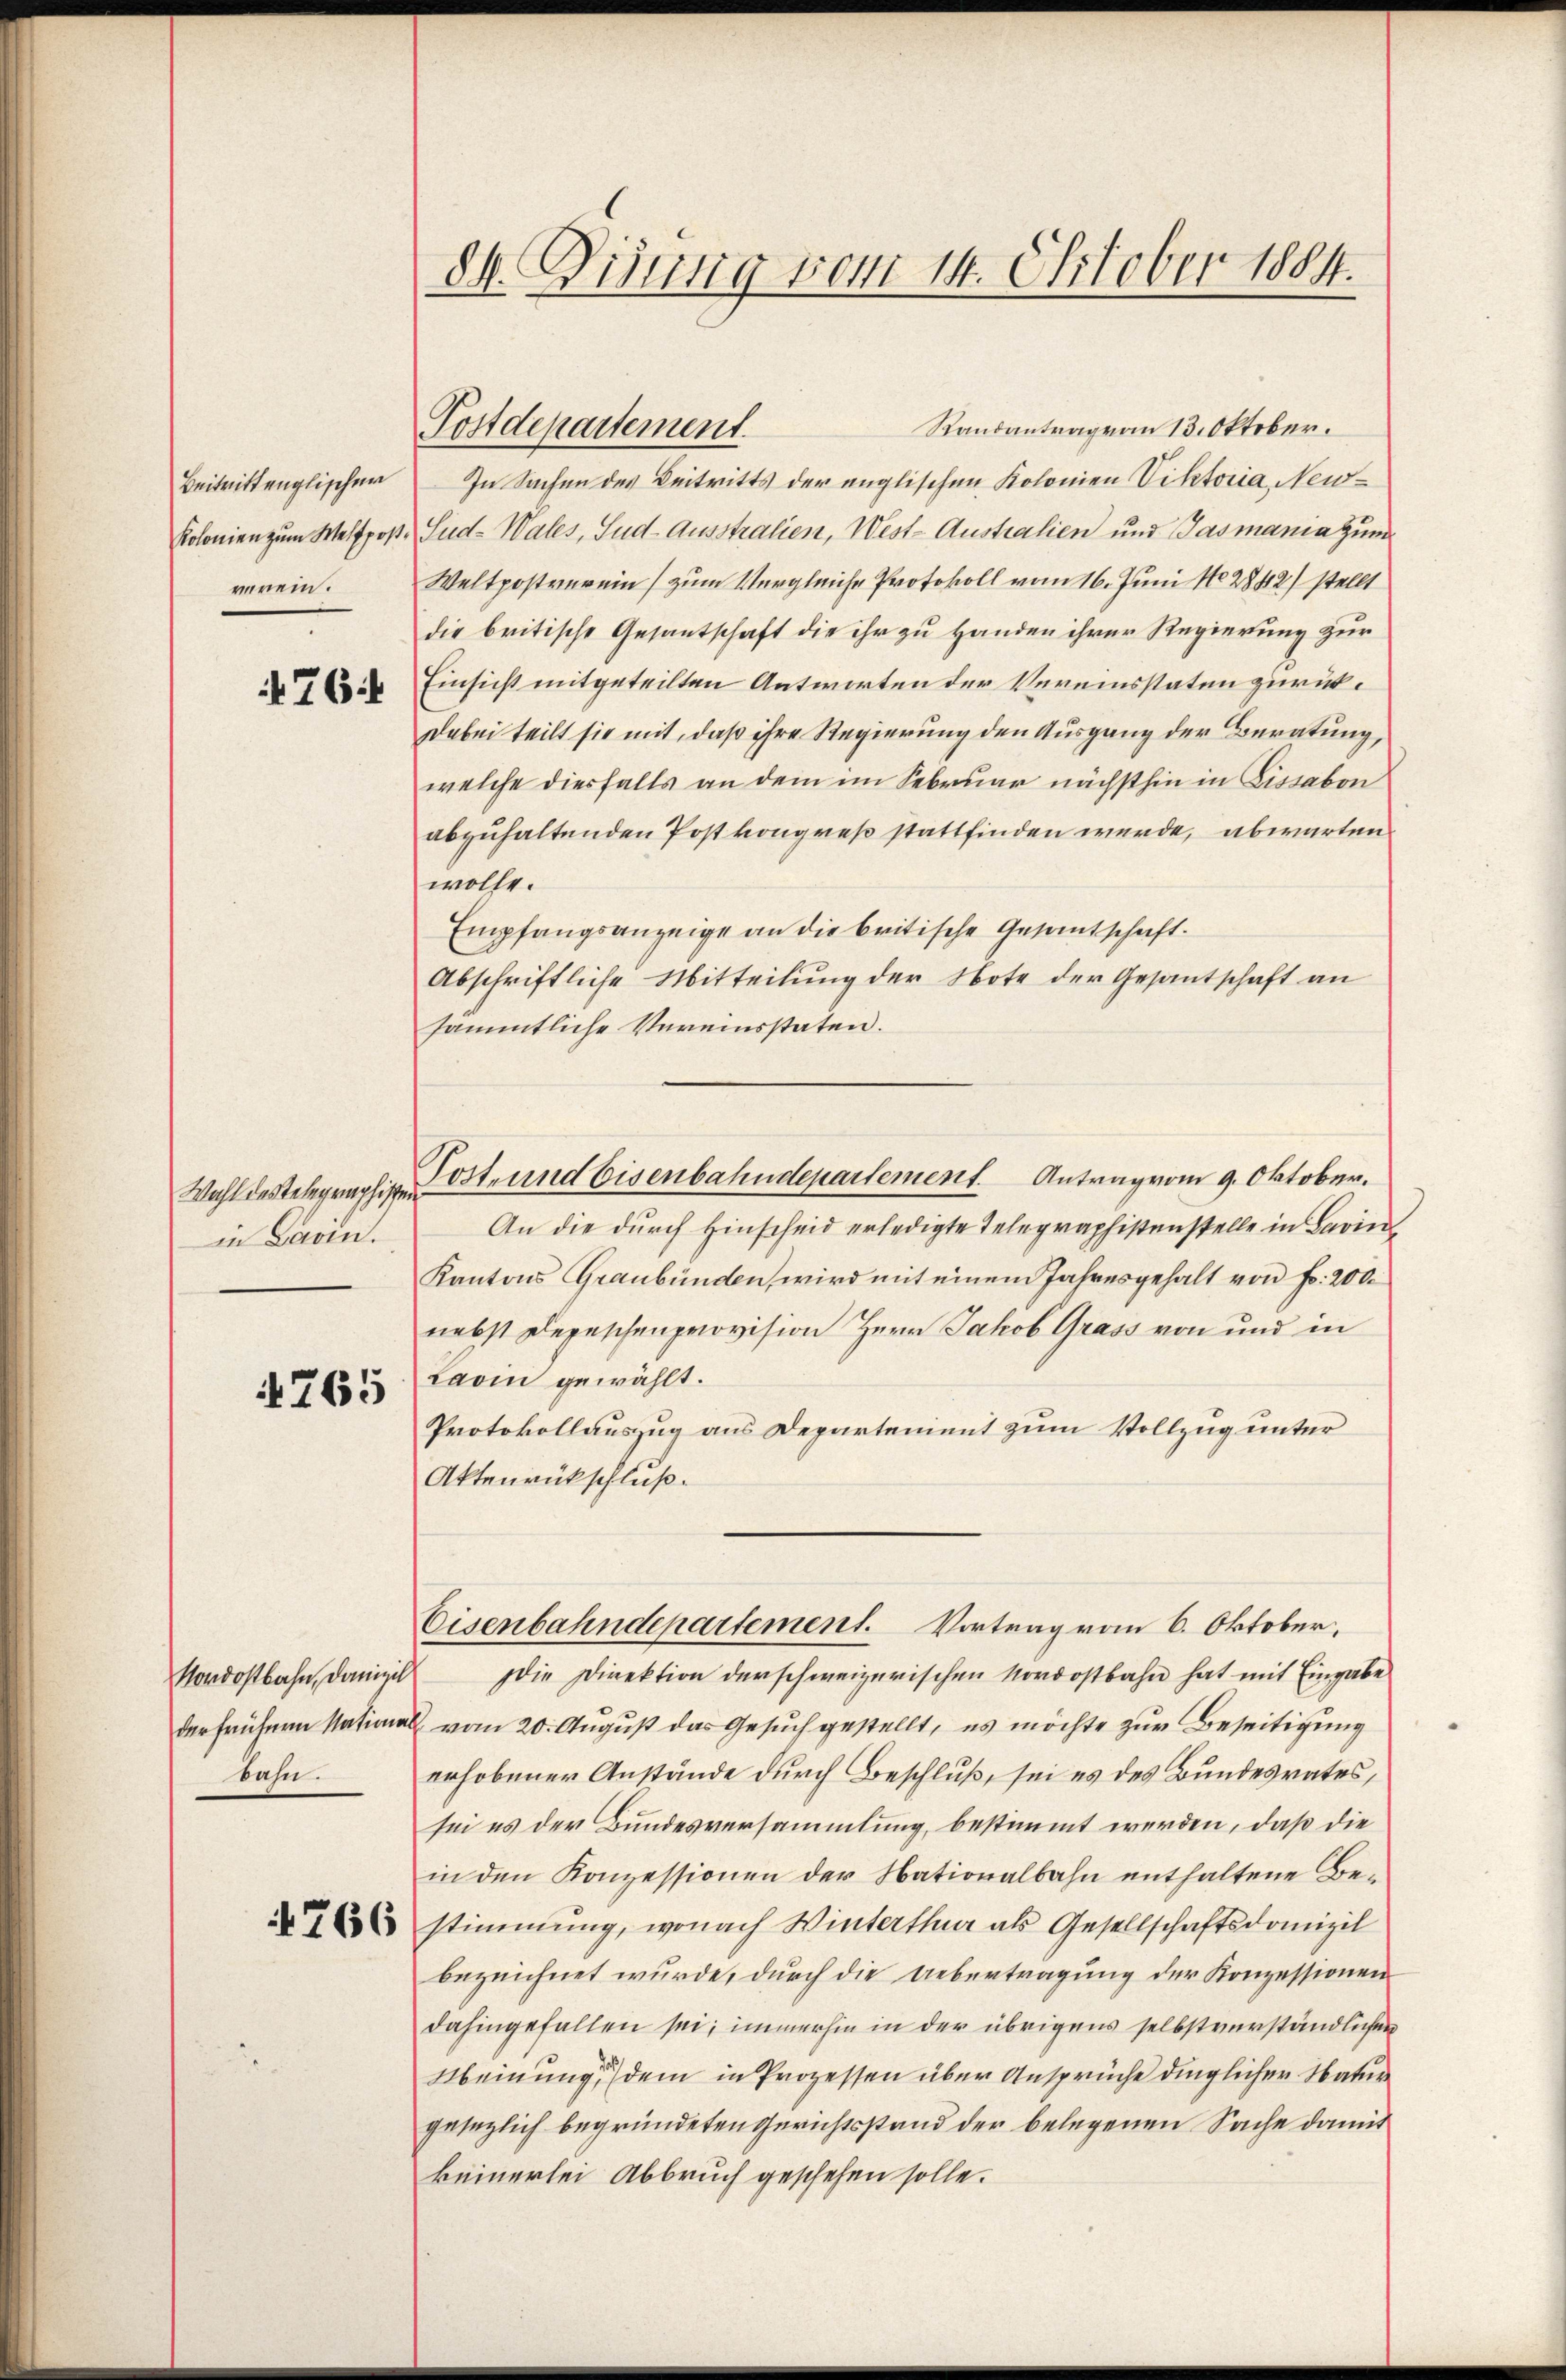
Beitrittenglischen
Kolonien zum Weltpostverein.

76

Wahl des Telegraphischen
in Darin.

765

das.

4766

dh. Disung vom 14. Oktober 1884.

Randantrag vom 13. Oktober.
In Sachen des Beitritts der englischen Kolonien Viktoria, Neu¬
Sud-Wales, Sud-Ausstralien, West-Australien und Gasmania zum
Weltpostverein) zum Vergleiche Protokoll vom 16. Juni 182842) stellt
die britische Gesantschaft die ihr zu Handen ihrer Regierung zur
Einsicht mitgeteilten Antworten der Vereinsstaten zurück¬
Dabei teilt sie mit, daß ihre Regierung den Ausgang der Beratung,
welche diesfalls an dem im Februar nächsthin in Lissabon
abzuhaltenden Postkongreß stattfinden werde, abwarten
wolle.
Empfangsanzeige an die britische Gesantschaft.
Abschriftliche Mitteilŭng der Note der Gesantschaft an
sämmtliche Vereinsstaten.
An die durch Hinscheid erledigte Telegraphistenstelle in Barin
Kantons Graubünden, wird mit einem Jahresgehalt von Fr. 2000
nebst Depeschenprovision Herr Jakob Grass von und in
Lavin gewählt.
Protokollauszug aus Departement zum Vollzug unter
Aktenrückschluß.
Eisenbahndepartement. Vortrag vom 6. Oktober,
Nordostbahn, damizil die Direktion derschweizerischen Nordostbahn hat mit Eingabe
der frühern National vom 20. August das Gesuch gestellt, es möchte zur Beseitigung
erhobener Anstände durch Beschluß, sei es des Bundesrates,
sei es der Bundesversammlung, bestimmt werden, daß die
in den Konzessionen der Nationalbahn enthaltene Bestimmung, wonach Winterthur als Gesellschaftsdomizil
bezeichnet wurde, durch die Uebertragung der Konzessionen
dahingefallen sei, immerhin in der übrigens selbstverständlichen
Meinung, dem in Prozessen über Ansprüche dinglicher Natur
gesezlich begründeten Gerichtsstand der belegenen Sache damit
keinerlei Abbruch geschehen solle.

Postdepartement.

Tost- und bisenbahndepartement. Antrag vom 9. Oktober.